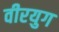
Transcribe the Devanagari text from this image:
वीरयुग